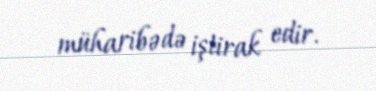
müharibədə iştirak edir.